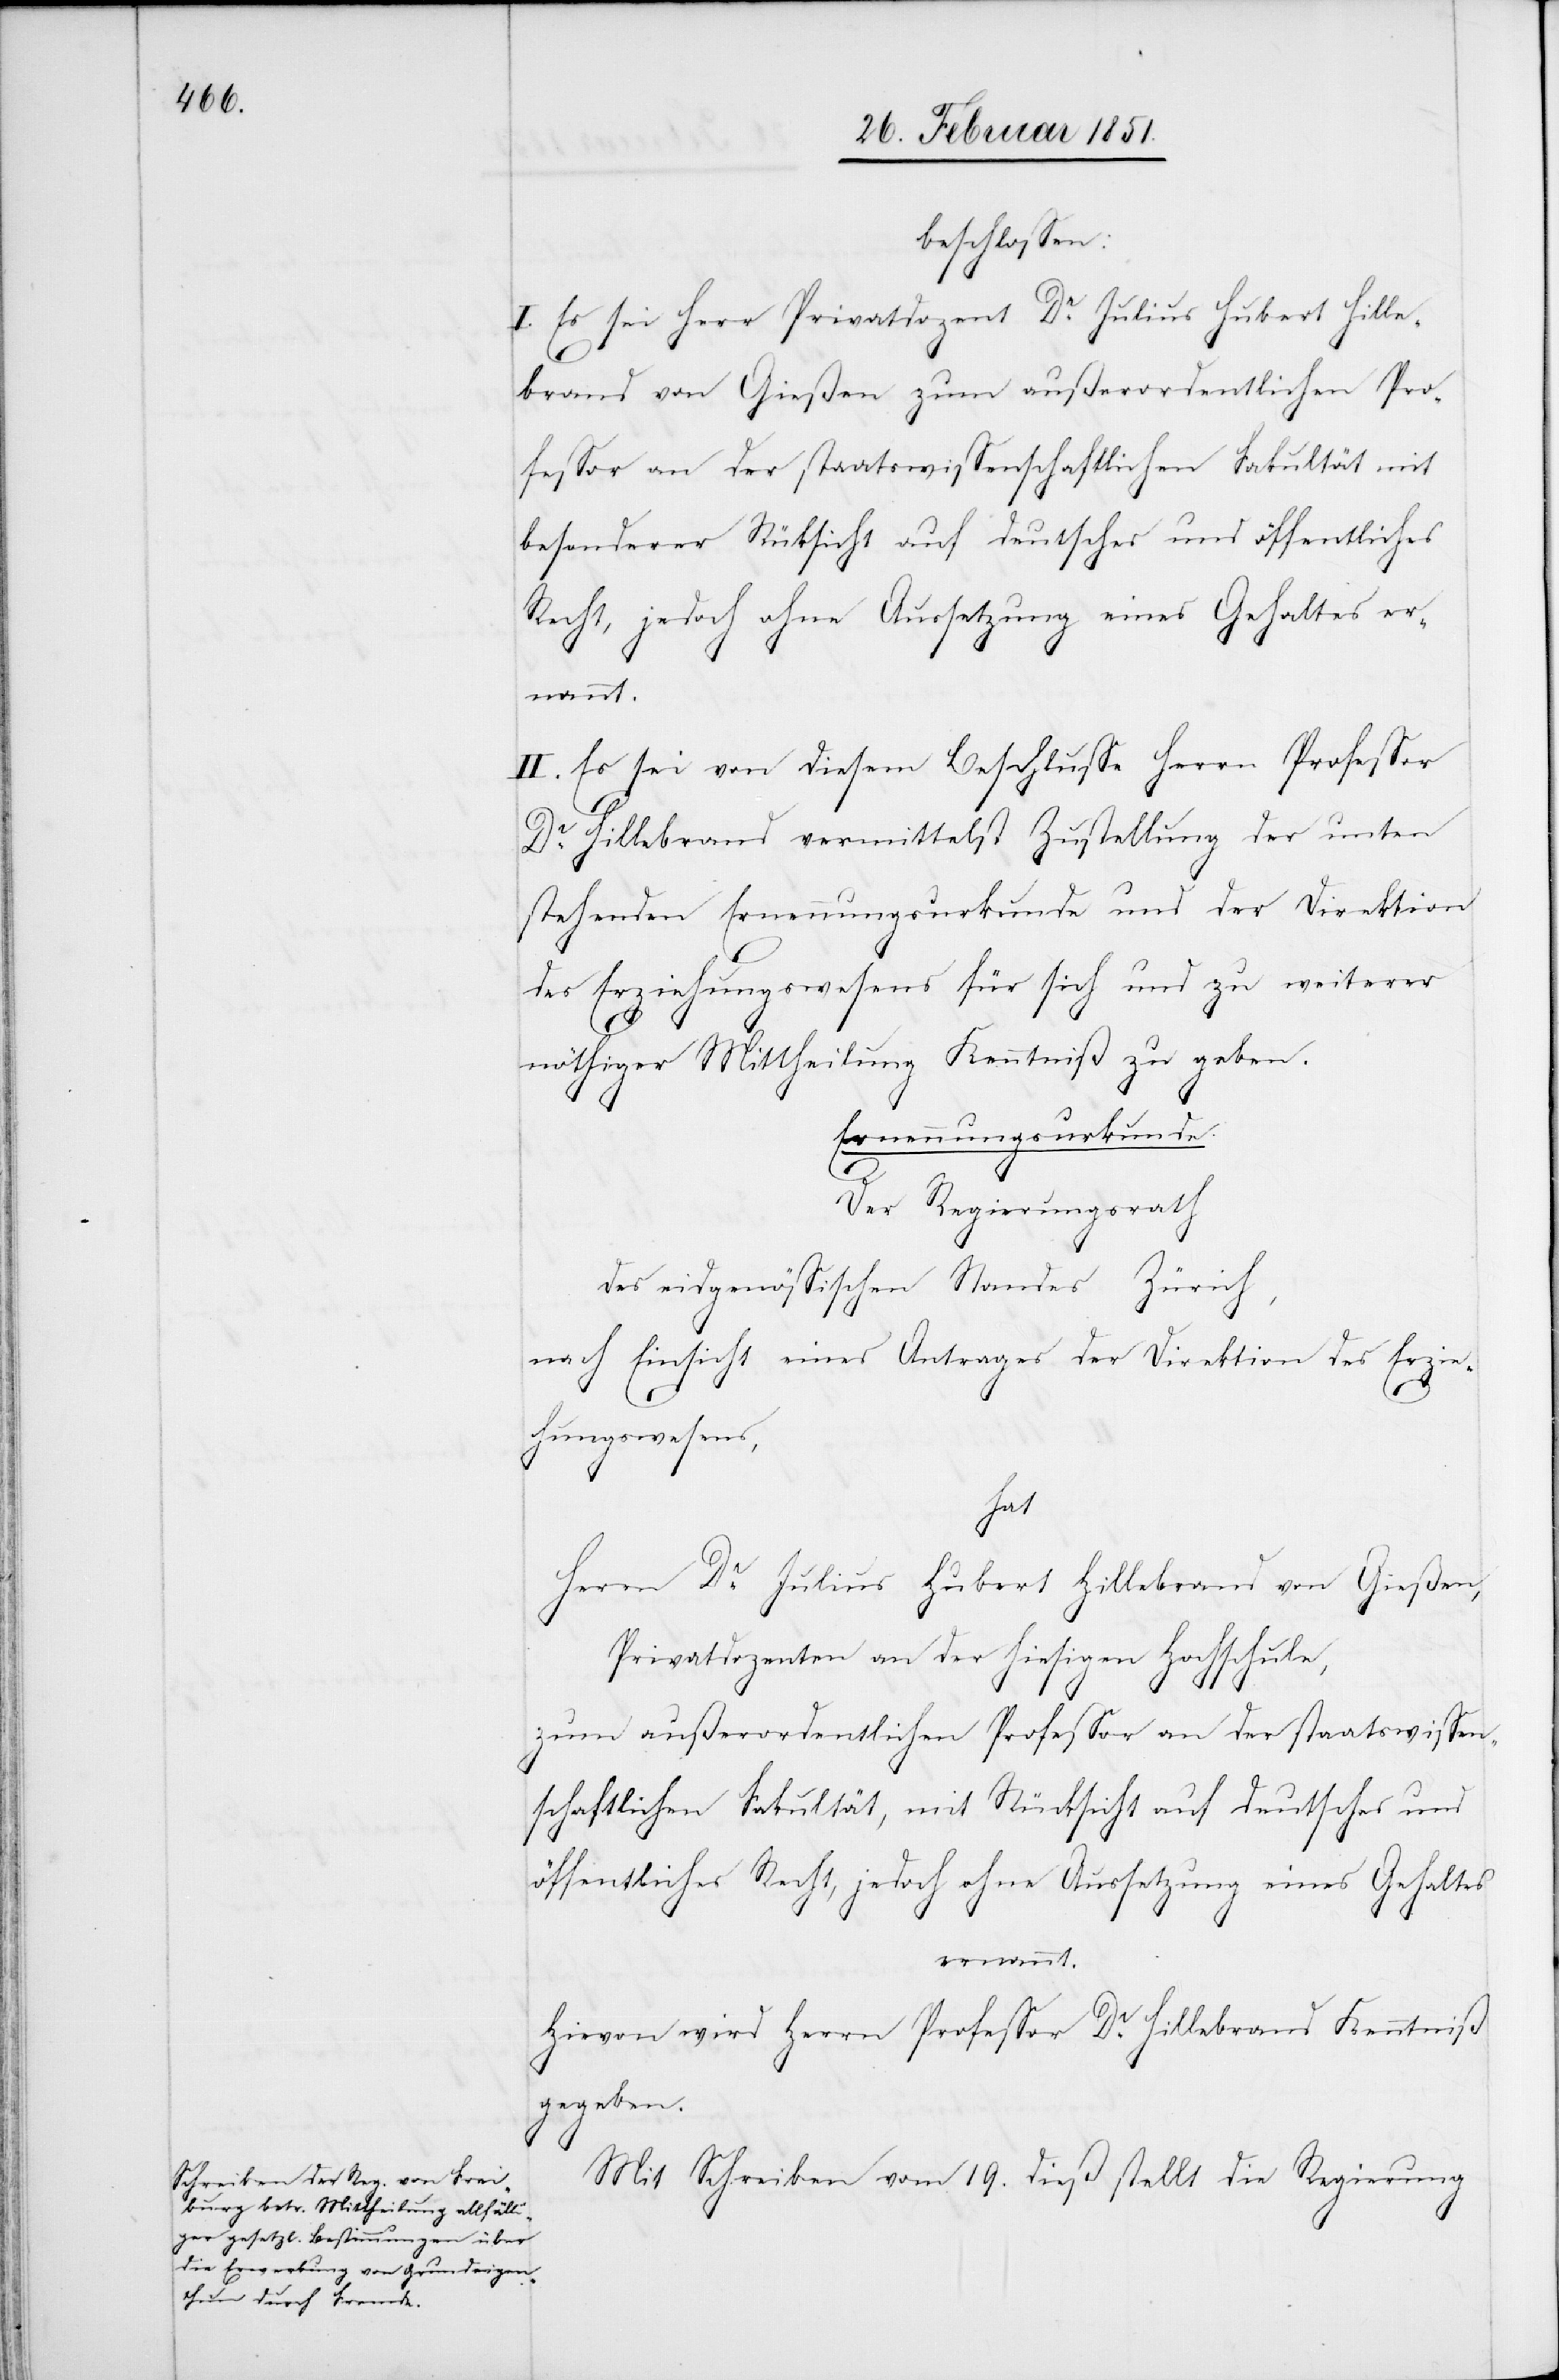
beschlossen:
I. Es sei Herr Privatdozent Dr. Julius Hubert Hille¬
brand von Gießen zum außerordentlichen Pro¬
fessor an der staatswissenschaftlichen Fakultät mit
besonderer Rü[c]ksicht auf deutsches und öffentliches
Recht, jedoch ohne Aussetzung eines Gehaltes er¬
nannt.
II. Es sei von diesem Beschlusse Herrn Professor
Dr. Hillebrand vermittelst Zustellung der unten
stehenden Ernennungsurkunde und der Direktion
des Erziehungswesens für sich und zu weiterer
nöthiger Mittheilung Kenntniß zu geben.
Ernennungsurkunde
Der Regierungsrath
des eidgenössischen Standes Zürich,
nach Einsicht eines Antrages der Direktion des Erzie¬
hungswesens,
hat
Herrn Dr. Julius Hubert Hillebrand von Gießen,
Privatdozenten an der hiesigen Hochschule,
zum außerordentlichen Professor an der staatswissen¬
schaftlichen Fakultät, mit Rücksicht auf deutsches und
öffentliches Recht, jedoch ohne Aussetzung eines Gehaltes
ernannt.
Hievon wird Herrn Professor Dr. Hillebrand Kenntniß
gegeben.
Mit Schreiben vom 19. dieß stellt die Regierung